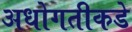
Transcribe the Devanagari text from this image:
अधोगतीकडे